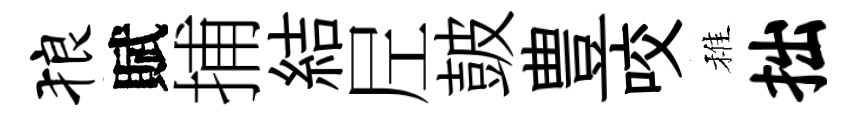
狼賦捕結𡰱皷豊咬稚拙